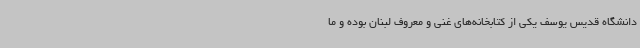
دانشگاه قدیس یوسف یکی از کتابخانه‌های غنی و معروف لبنان بوده و ما